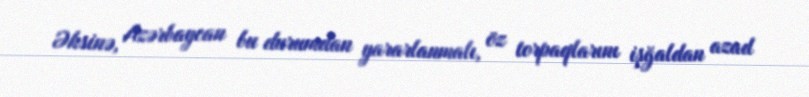
Əksinə, Azərbaycan bu durumdan yararlanmalı, öz torpaqlarını işğaldan azad